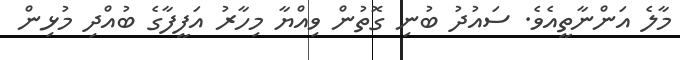
މާލެ އަންނާތީއެވެ. ސައުދު ބުނި ގޮތުން ވިއްޔާ މިހާރު އަފީފާގެ ބުއްދި މުޅިން